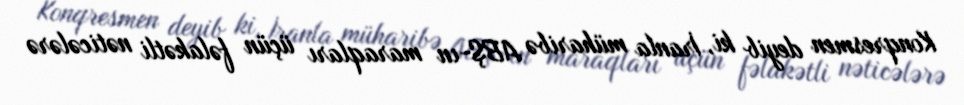
Konqresmen deyib ki, İranla müharibə ABŞ-ın maraqları üçün fəlakətli nəticələrə